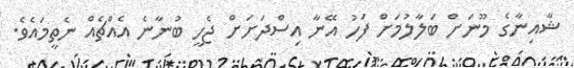
ޝާއިނާގެ މޫނަށް ބަލާލުމަށް ފަހު އޭނާ އިސްދަށަށް ޖެހީ ބުނާނެ އެއްޗެއް ނެތީމައެވެ.